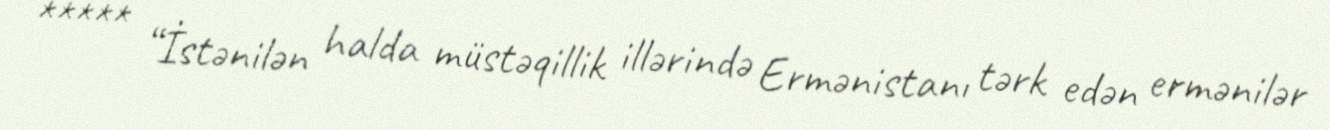
***** “İstənilən halda müstəqillik illərində Ermənistanı tərk edən ermənilər